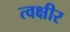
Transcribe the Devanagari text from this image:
त्वक्षीर